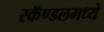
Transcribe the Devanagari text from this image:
स्कॅण्डलमध्ये